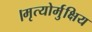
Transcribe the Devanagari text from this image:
।मृत्योर्मुक्षिय